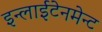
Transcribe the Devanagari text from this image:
इन्लाईटेनमेन्ट